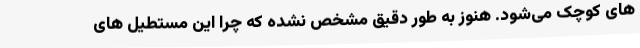
های کوچک می‌شود. هنوز به طور دقیق مشخص نشده که چرا این مستطیل های